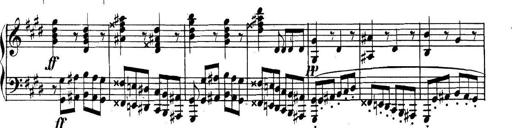
Title: Collected Piano Sonatas
Composer: Muzio Clementi